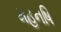
મહનષિ